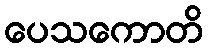
ပေသကောတိ